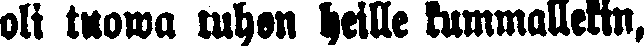
oli tuowa tuhon heille kummallekin,